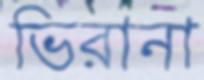
ভিরানা